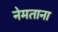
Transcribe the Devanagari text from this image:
नेमताना